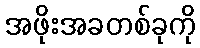
အဖိုးအခတစ်ခုကို